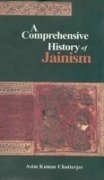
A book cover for Comprehensive History of Jainism (2 vols.); Asim Kumar Chatterjee; Religion & Spirituality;